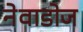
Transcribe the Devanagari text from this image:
नेवाडोज